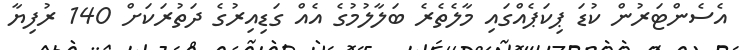
އެސެންޓަރުން ކުޑަ ޕިކަޕެއްގައި މާލެތެރެ ބަލާލުމުގެ އެއް ގަޑިއިރުގެ ދަތުރަކަށް 140 ރުފިޔާ